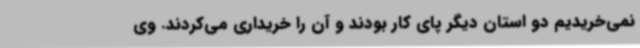
نمی‌خریدیم دو استان دیگر پای کار بودند و آن را خریداری می‌کردند. وی